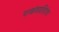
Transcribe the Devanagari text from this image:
पाखंडप्रतिरोध